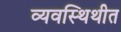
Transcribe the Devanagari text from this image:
व्यवस्थिथीत